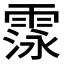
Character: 𮦛